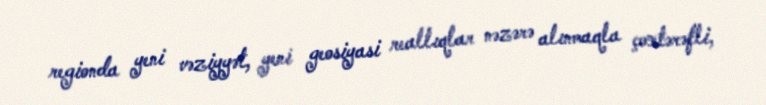
regionda yeni vəziyyət, yeni geosiyasi reallıqlar nəzərə alınmaqla çoxtərəfli,